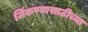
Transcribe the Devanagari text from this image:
जिंकण्यासाठीच्या